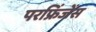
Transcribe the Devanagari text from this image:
परफ्रिंजेंस